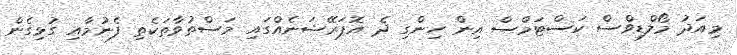
މިއަދު މޯލްޑިވްސް ކަސްޓަމްސް އިން ހިންގި ދެ އޮޕަރޭޝަނެއްގައި މަސްތުވާތަކެތި ފެނުމާއި ގުޅިގެން